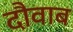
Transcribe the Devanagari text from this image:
दौवाब